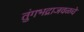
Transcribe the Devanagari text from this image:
तुंगभद्राजवळचे